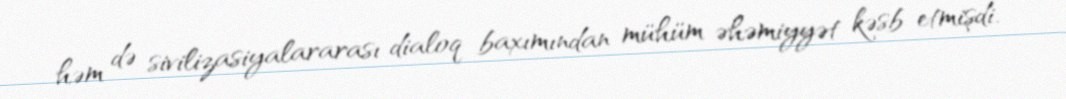
həm də sivilizasiyalararası dialoq baxımından mühüm əhəmiyyət kəsb etmişdi.